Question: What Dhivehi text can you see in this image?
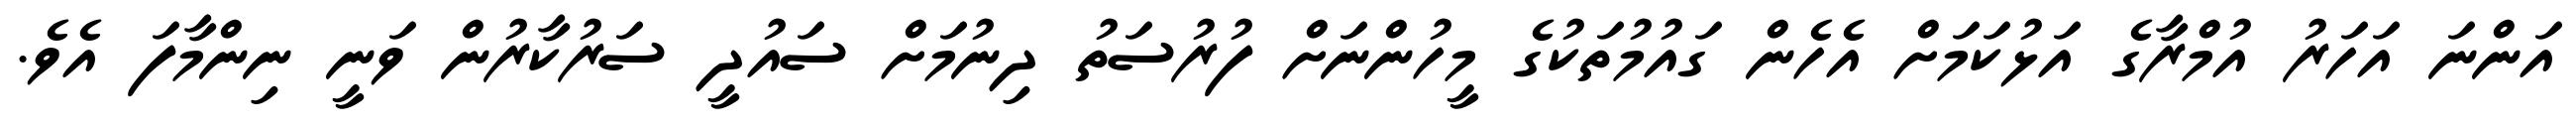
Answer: އަންނަ އަހަރު އުމްރާގެ އަޅުކަމަށް އެހެން ގައުމުތަކުގެ މީހުންނަށް ފުރުސަތު ދިނުމަށް ސައުދީ ސަރުކާރުން ވަނީ ނިންމާފަ އެވެ.